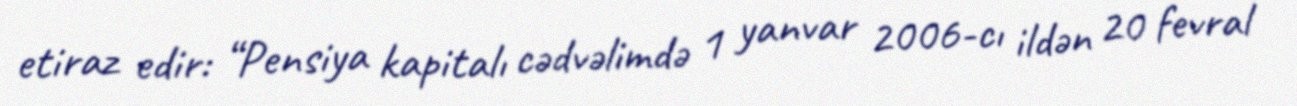
etiraz edir: “Pensiya kapitalı cədvəlimdə 1 yanvar 2006-cı ildən 20 fevral